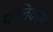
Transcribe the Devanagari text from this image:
फलिकांचा